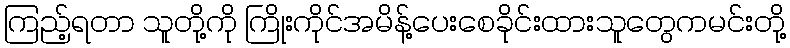
ကြည့်ရတာ သူတို့ကို ကြိုးကိုင်အမိန့်ပေးစေခိုင်းထားသူတွေကမင်းတို့